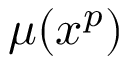
\mu ( x ^ { p } )